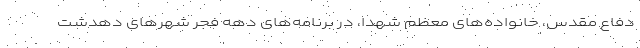
دفاع مقدس، خانواده‌های معظم شهدا، در برنامه‌های دهه فجر شهرهای دهدشت